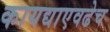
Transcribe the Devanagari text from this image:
कायद्याएवढेच